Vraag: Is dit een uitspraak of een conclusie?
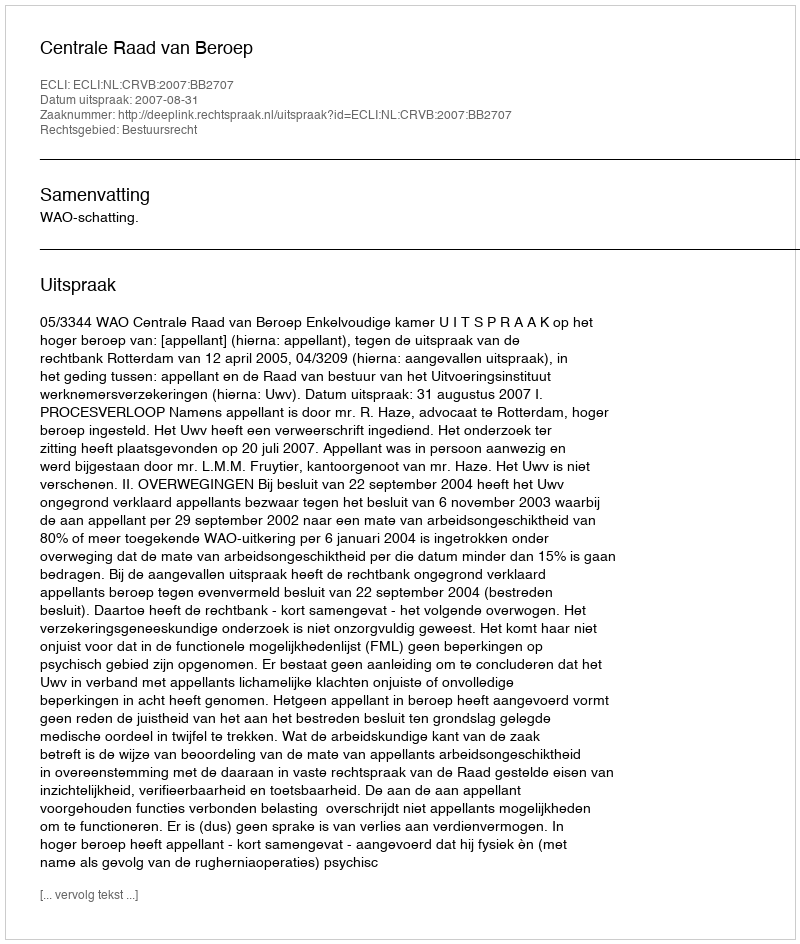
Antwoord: Uitspraak